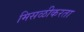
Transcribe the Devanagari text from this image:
मिसळीकरता